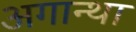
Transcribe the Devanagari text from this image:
अगान्था